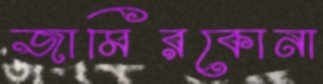
জামিরকোনা